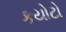
કયોટો